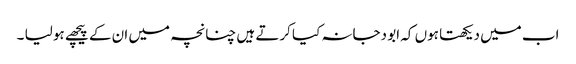
اب میں دیکھتا ہوں کہ ابو دجانہ کیا کرتے ہیں چنانچہ میں ان کے پیچھے ہو لیا ۔